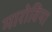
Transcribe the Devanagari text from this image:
मारोविया